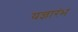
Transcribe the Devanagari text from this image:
यज्ञारंभ